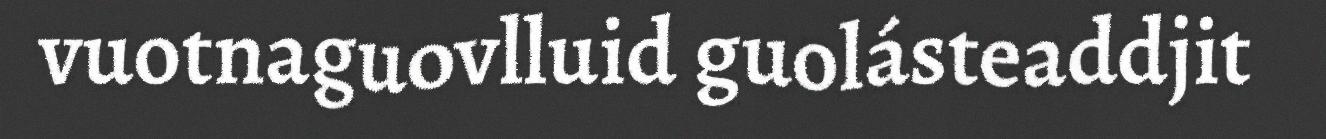
vuotnaguovlluid guolásteaddjit